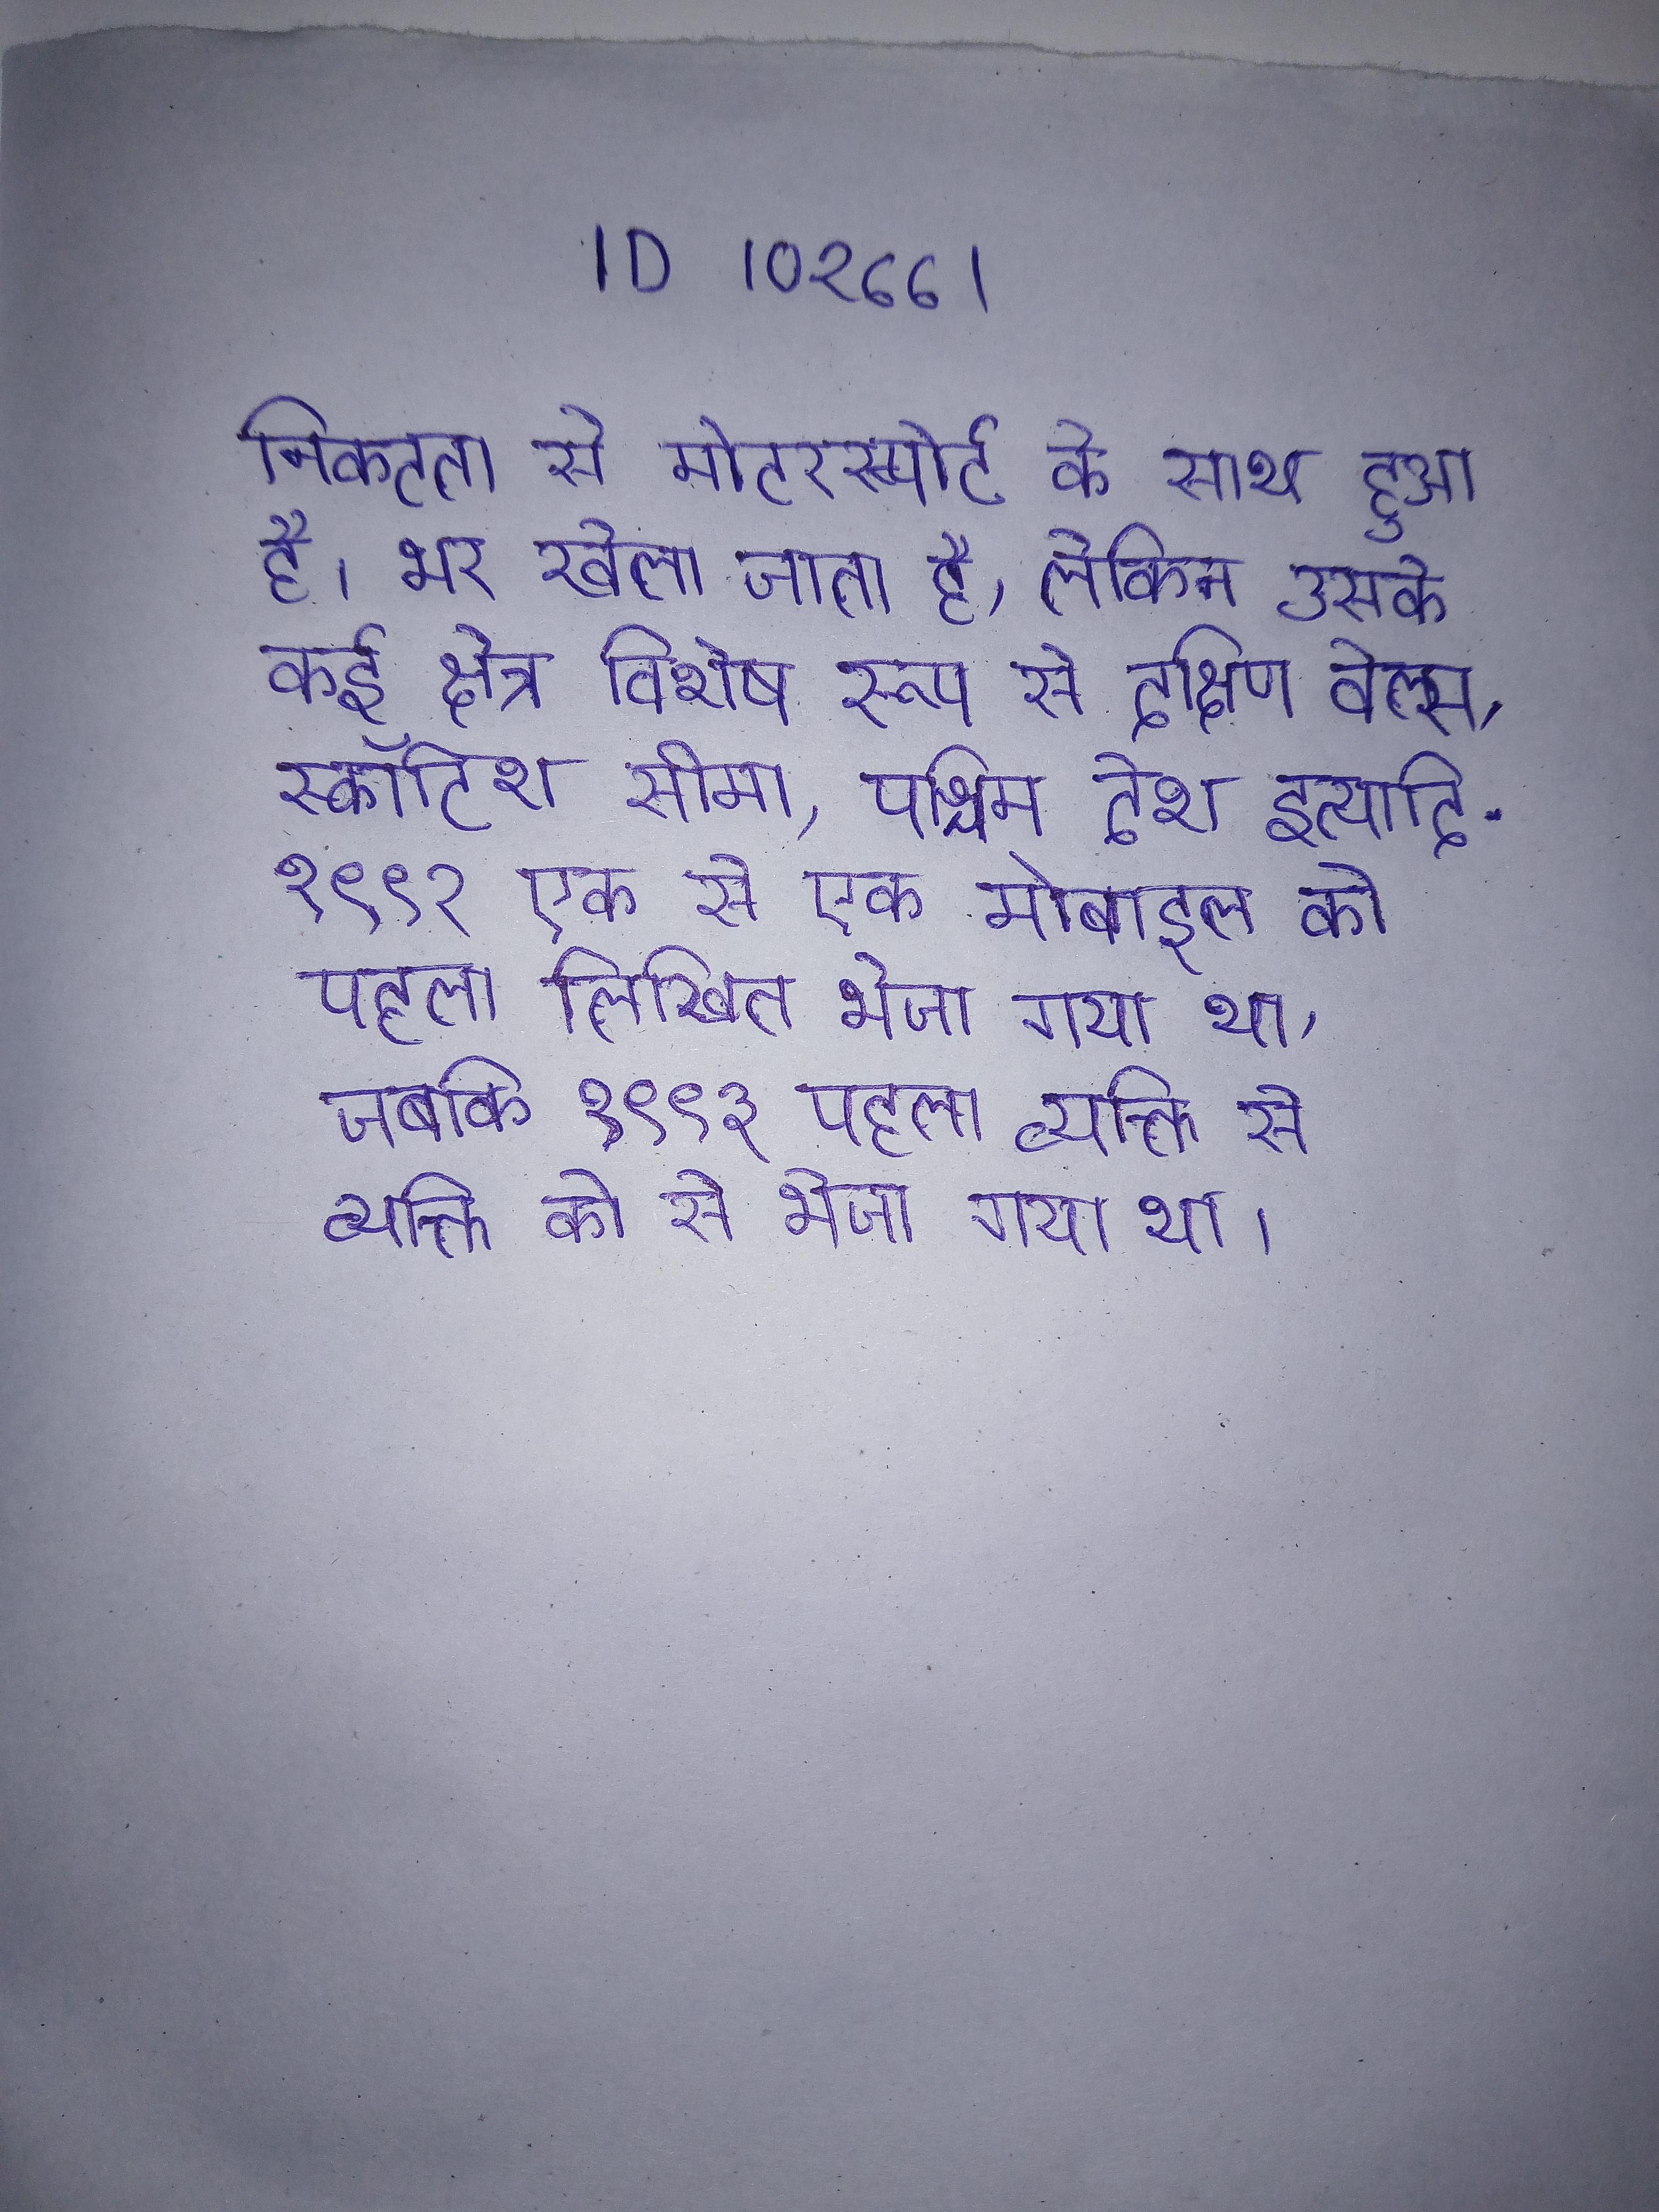
निकटता से मोटरस्पोर्ट के साथ हुआ है । भर खेला जाता है, लेकिन उसके कई क्षेत्र विशेष रूप से दक्षिण वेल्स, स्कॉटिश सीमा, पश्चिम देश इत्यादि . १९९२ एक से एक मोबाइल को पहला लिखित भेजा गया था, जबकि १९९३ पहला व्यक्ति से व्यक्ति को से भेजा गया था ।